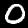
Digit: 0